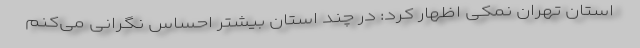
استان تهران نمکی اظهار کرد: در چند استان بیشتر احساس نگرانی می‌کنم